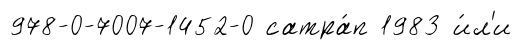
978-0-7007-1452-0 сатра́п 1983 и́л'и